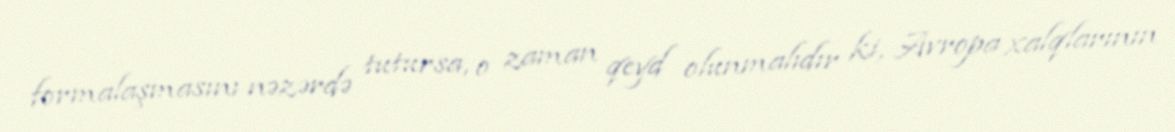
formalaşmasını nəzərdə tutursa, o zaman qeyd olunmalıdır ki, Avropa xalqlarının